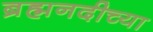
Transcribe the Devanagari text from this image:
ब्रह्मनदीच्या